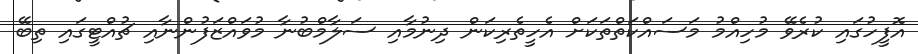
އޮފީހުގައި ކުރެވޭ މުހިއްމު މަސައްކަތްތަކަށް އެހީތެރިކަން ދިނުމާއި ސަލާމްބުނާ މުވައްޒަފުންނާއި ޗުއްޓީގައި ތިބޭ